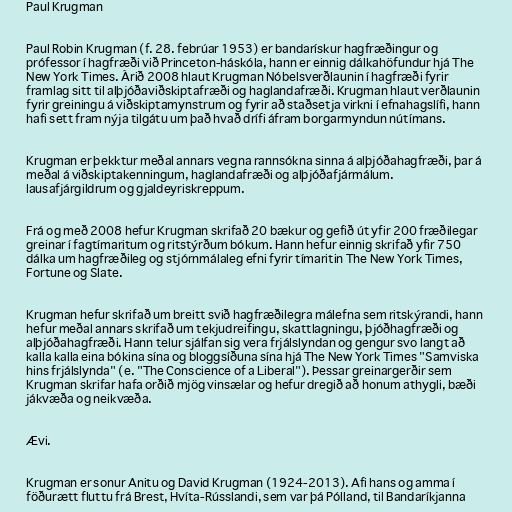
Paul Krugman

Paul Robin Krugman (f. 28. febrúar 1953) er bandarískur hagfræðingur og
prófessor í hagfræði við Princeton-háskóla, hann er einnig dálkahöfundur hjá The
New York Times. Árið 2008 hlaut Krugman Nóbelsverðlaunin í hagfræði fyrir
framlag sitt til alþjóðaviðskiptafræði og haglandafræði. Krugman hlaut verðlaunin
fyrir greiningu á viðskiptamynstrum og fyrir að staðsetja virkni í efnahagslífi, hann
hafi sett fram nýja tilgátu um það hvað drífi áfram borgarmyndun nútímans.

Krugman er þekktur meðal annars vegna rannsókna sinna á alþjóðahagfræði, þar á
meðal á viðskiptakenningum, haglandafræði og alþjóðafjármálum.
lausafjárgildrum og gjaldeyriskreppum.

Frá og með 2008 hefur Krugman skrifað 20 bækur og gefið út yfir 200 fræðilegar
greinar í fagtímaritum og ritstýrðum bókum. Hann hefur einnig skrifað yfir 750
dálka um hagfræðileg og stjórnmálaleg efni fyrir tímaritin The New York Times,
Fortune og Slate.

Krugman hefur skrifað um breitt svið hagfræðilegra málefna sem ritskýrandi, hann
hefur meðal annars skrifað um tekjudreifingu, skattlagningu, þjóðhagfræði og
alþjóðahagfræði. Hann telur sjálfan sig vera frjálslyndan og gengur svo langt að
kalla kalla eina bókina sína og bloggsíðuna sína hjá The New York Times "Samviska
hins frjálslynda" (e. "The Conscience of a Liberal"). Þessar greinargerðir sem
Krugman skrifar hafa orðið mjög vinsælar og hefur dregið að honum athygli, bæði
jákvæða og neikvæða.

Ævi.

Krugman er sonur Anitu og David Krugman (1924-2013). Afi hans og amma í
föðurætt fluttu frá Brest, Hvíta-Rússlandi, sem var þá Pólland, til Bandaríkjanna